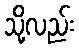
သို့လည်း